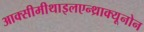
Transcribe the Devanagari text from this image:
आक्सीमीथाइलएन्थ्राक्यूनोन